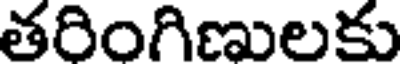
తరింగిణులకు